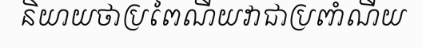
និយាយថាប្រពៃណីយវាជាប្រពាំណីយ